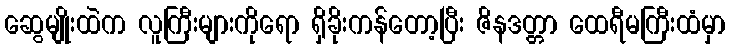
ဆွေမျိုးထဲက လူကြီးများကိုရော ရှိခိုးကန်တော့ပြီး ဇိနဒတ္တာ ထေရီမကြီးထံမှာ